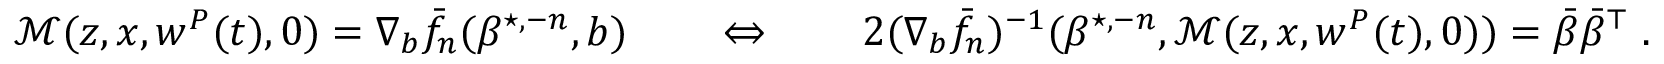
\begin{array} { r } { \mathcal { M } ( z , x , w ^ { P } ( t ) , 0 ) = \nabla _ { b } \bar { f } _ { n } ( \beta ^ { \star , - n } , b ) \quad \quad \Leftrightarrow \quad \quad 2 ( \nabla _ { b } \bar { f } _ { n } ) ^ { - 1 } ( \beta ^ { \star , - n } , \mathcal { M } ( z , x , w ^ { P } ( t ) , 0 ) ) = \bar { \beta } \bar { \beta } ^ { \top } \; . } \end{array}